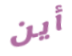
أين